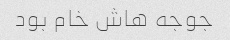
جوجه هاش خام بود